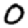
Digit: 0